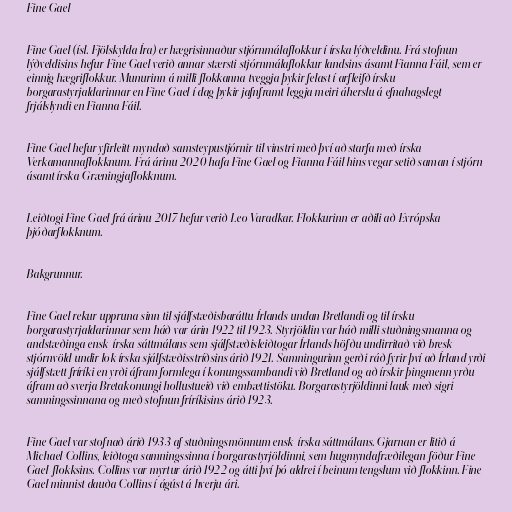
Fine Gael

Fine Gael (ísl. Fjölskylda Íra) er hægrisinnaður stjórnmálaflokkur í írska lýðveldinu. Frá stofnun
lýðveldisins hefur Fine Gael verið annar stærsti stjórnmálaflokkur landsins ásamt Fianna Fáil, sem er
einnig hægriflokkur. Munurinn á milli flokkanna tveggja þykir felast í arfleifð írsku
borgarastyrjaldarinnar en Fine Gael í dag þykir jafnframt leggja meiri áherslu á efnahagslegt
frjálslyndi en Fianna Fáil.

Fine Gael hefur yfirleitt myndað samsteypustjórnir til vinstri með því að starfa með írska
Verkamannaflokknum. Frá árinu 2020 hafa Fine Gael og Fianna Fáil hins vegar setið saman í stjórn
ásamt írska Græningjaflokknum.

Leiðtogi Fine Gael frá árinu 2017 hefur verið Leo Varadkar. Flokkurinn er aðili að Evrópska
þjóðarflokknum.

Bakgrunnur.

Fine Gael rekur uppruna sinn til sjálfstæðisbaráttu Írlands undan Bretlandi og til írsku
borgarastyrjaldarinnar sem háð var árin 1922 til 1923. Styrjöldin var háð milli stuðningsmanna og
andstæðinga ensk-írska sáttmálans sem sjálfstæðisleiðtogar Írlands höfðu undirritað við bresk
stjórnvöld undir lok írska sjálfstæðisstríðsins árið 1921. Samningurinn gerði ráð fyrir því að Írland yrði
sjálfstætt fríríki en yrði áfram formlega í konungssambandi við Bretland og að írskir þingmenn yrðu
áfram að sverja Bretakonungi hollustueið við embættistöku. Borgarastyrjöldinni lauk með sigri
samningssinnana og með stofnun fríríkisins árið 1923.

Fine Gael var stofnað árið 1933 af stuðningsmönnum ensk-írska sáttmálans. Gjarnan er litið á
Michael Collins, leiðtoga samningssinna í borgarastyrjöldinni, sem hugmyndafræðilegan föður Fine
Gael-flokksins. Collins var myrtur árið 1922 og átti því þó aldrei í beinum tengslum við flokkinn. Fine
Gael minnist dauða Collins í ágúst á hverju ári.